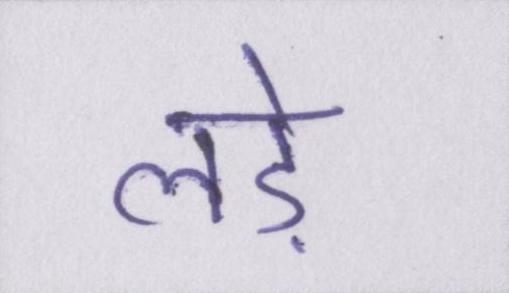
लड़े